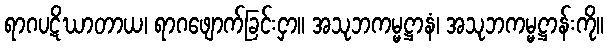
ရာဂပဋိဃာတာယ၊ ရာဂဖျောက်ခြင်းငှာ။ အသုဘကမ္မဋ္ဌာနံ၊ အသုဘကမ္မဋ္ဌာန်းကို။